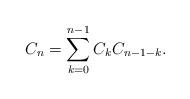
LaTeX: \begin{align*}C_n = \sum_{k=0}^{n-1}C_{k}C_{n-1-k}.\end{align*}